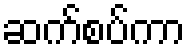
ဆက်စပ်ကာ